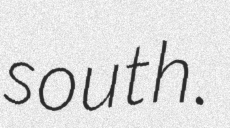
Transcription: south.